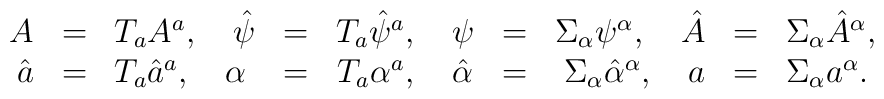
\begin{array}{rclrclrclrcl} A          &=& T_a A^a, \quad  \hat{\psi} &=& T_a \hat{\psi}^a, \quad  \psi       &=& \Sigma_\alpha \psi^\alpha, \quad  \hat{A}    &=& \Sigma_\alpha \hat{A}^\alpha, \\  \hat{a}    &=& T_a \hat{a}^a, \quad \alpha     &=& T_a \alpha^a, \quad \hat{\alpha}&=&\Sigma_\alpha \hat{\alpha}^\alpha, \quad  a          &=& \Sigma_\alpha a^\alpha. \end{array}